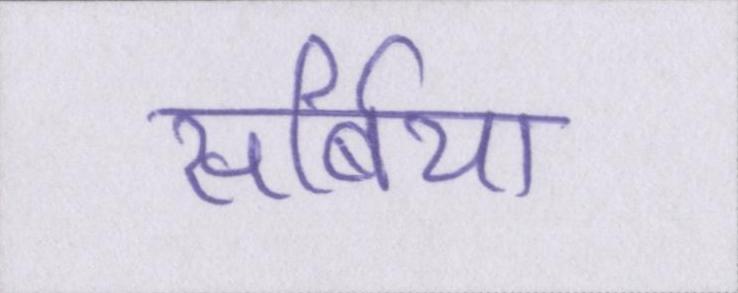
सर्बिया